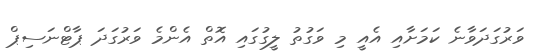
ވަރުގަދަވާނެ ކަމަށާއި އެއީ މި ވަގުތު ލީގުގައި އޮތް އެންމެ ވަރުގަދަ ޕާޓްނަސިޕް